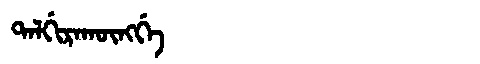
Manchu: ᡨᠠᠯᡤᡳᡵᠠᡴᡡᠩᡤᡝ
Romanization: TALGIRAKŪNGGE